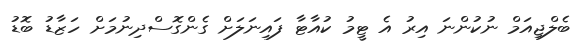
ބެލްޖިއަމް ނުކުންނަ އިރު އެ ޓީމު ކުއާޓާ ފައިނަލަށް ގެންގޮސްދިނުމަށް ހަޒާޑު ބޮޑު